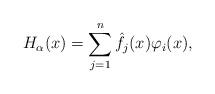
LaTeX: \begin{gather*}H_{\alpha}(x)=\sum_{j=1}^{n}\hat{f_{j}}(x)\varphi_{i}(x),\end{gather*}